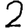
Digit: 2